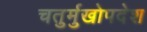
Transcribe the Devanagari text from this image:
चतुर्मुखोपदेश